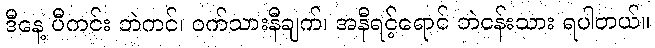
ဒီနေ့ ပီကင်း ဘဲကင်၊ ဝက်သားနီချက်၊ အနီရင့်ရောင် ဘဲငန်းသား ရပါတယ်။